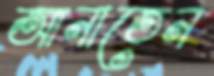
আনাতেন